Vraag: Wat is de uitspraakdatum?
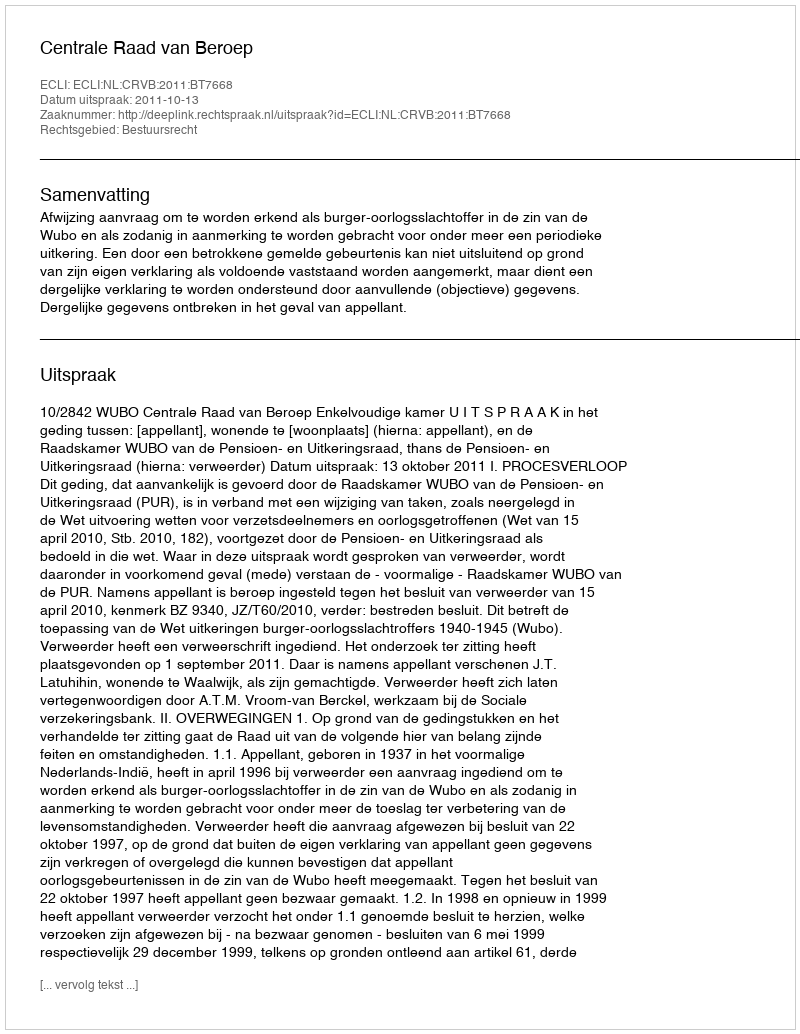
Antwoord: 2011-10-13